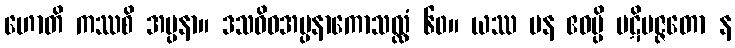
ဟောတိ ကဿစိ အပ္ပနာ။ ဒသဝိဓအပ္ပနာကောသလ္လံ ၆၀။ ယဿ ပန ဧဝမ္ပိ ပဋိပဇ္ဇတော န